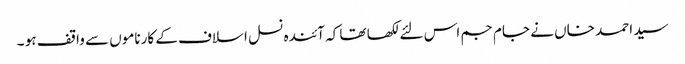
سید احمد خاں نے جام جم اس لئے لکھا تھا کہ آئندہ نسل اسلاف کے کارناموں سے واقف ہو ۔